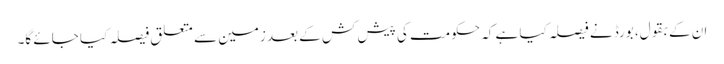
ان کے بقول، بورڈ نے فیصلہ کیا ہے کہ حکومت کی پیش کش کے بعد زمین سے متعلق فیصلہ کیا جائے گا۔